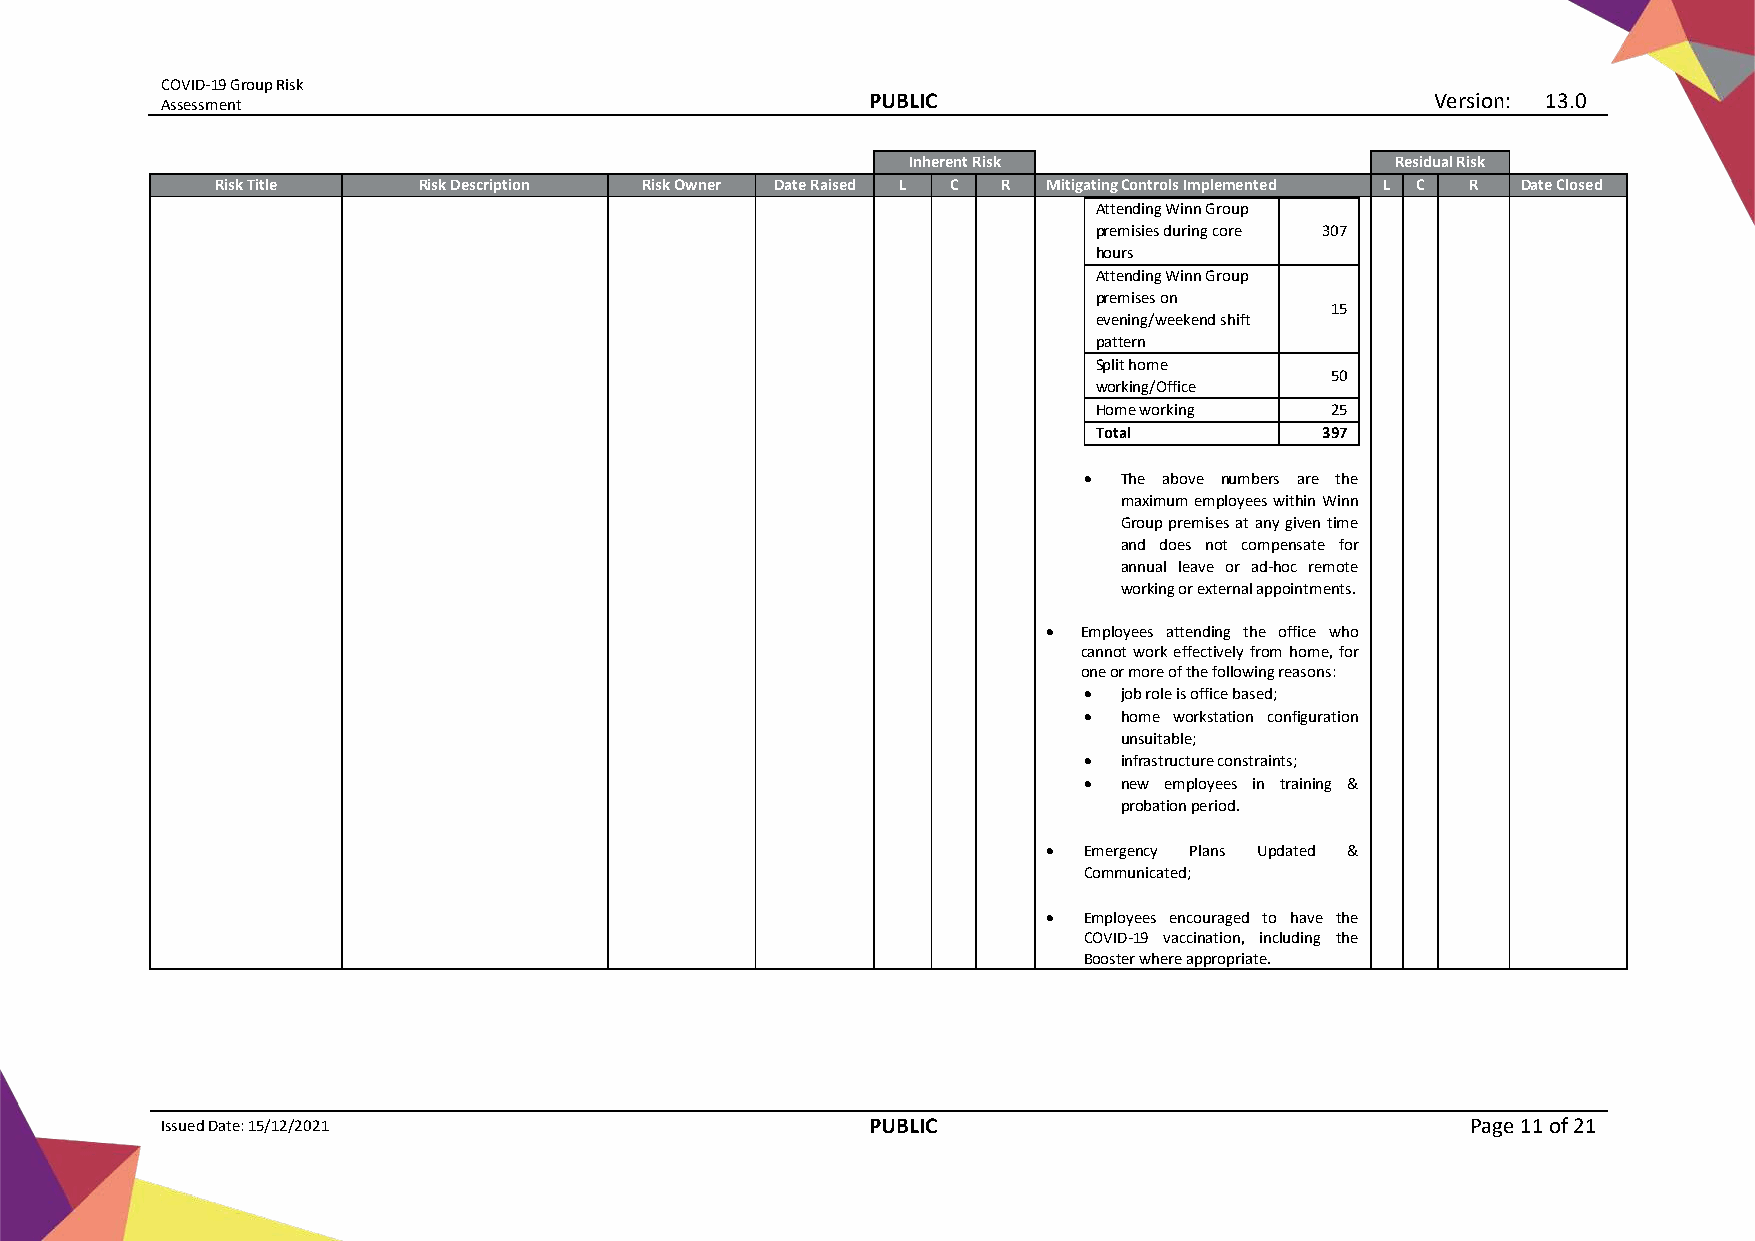
COVID-19 Group Risk
 Assessment
 PUBLIC                                Version: 13.0
 Inherent Risk                   Residual Risk
 Risk Title    Risk Description Risk Owner Date Raised L C R Mitigating Controls Implemented L C R Date Closed
 Attending Winn Group
 premisies during core 307
 hours
 Attending Winn Group
 premises on
 15
 evening/weekend shift
 pattern
 Split home
 50
 working/Office
 Home working    25
 Total          397
 • The above numbers are the
 maximum employees within Winn
 Group premises at any given time
 and does not compensate for
 annual leave or ad-hoc remote
 working or external appointments.
 •  Employees attending the office who
 cannot work effectively from home, for
 one or more of the following reasons:
 • job role is office based;
 • home workstation configuration
 unsuitable;
 • infrastructure constraints;
 • new employees in training &
 probation period.
 •  Emergency Plans Updated &
 Communicated;
 •  Employees encouraged to have the
 COVID-19 vaccination, including the
 Booster where appropriate.
 Issued Date: 15/12/2021                       PUBLIC                                  Page 11 of 21